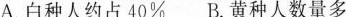
A.白种人约占40%B.黄种人数量多